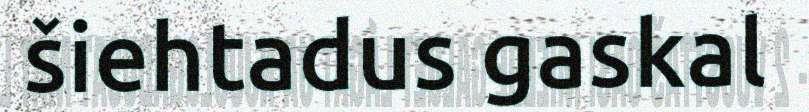
šiehtadus gaskal